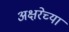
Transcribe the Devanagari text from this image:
अक्षरेच्या